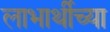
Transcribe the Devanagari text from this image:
लाभार्थीच्या